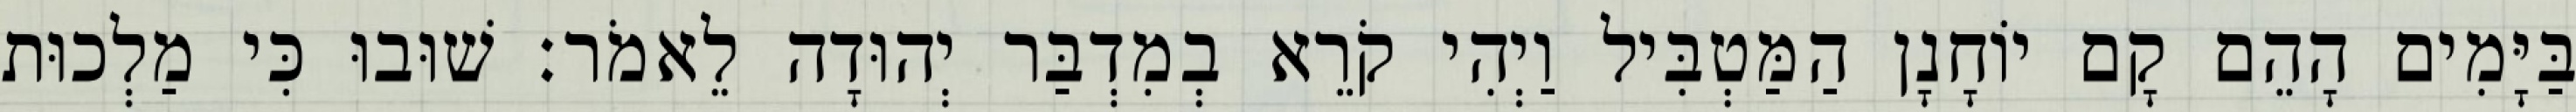
בַּיָּמִים הָהֵם קָם יוֹחָנָן הַמַּטְבִּיל וַיְהִי קֹרֵא בְמִדְבַּר יְהוּדָה לֵאמֹר׃ שׁוּבוּ כִּי מַלְכוּת